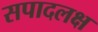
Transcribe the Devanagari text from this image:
सपादलक्ष